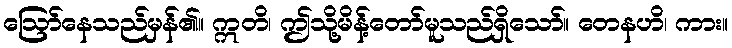
ဩော်နေသည်မှန်၏။ ဣတိ၊ ဤသို့မိန့်တော်မူသည်ရှိသော်။ တေနဟိ၊ ကား။